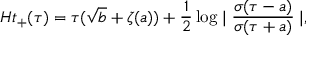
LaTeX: H t _ { + } ( \tau ) = \tau ( \sqrt { b } + \zeta ( a ) ) + \frac { 1 } { 2 } \log \mid \frac { \sigma ( \tau - a ) } { \sigma ( \tau + a ) } \mid ,